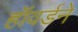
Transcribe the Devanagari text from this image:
हॉवर्डने